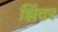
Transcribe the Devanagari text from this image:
झिंदर